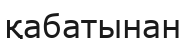
қабатынан